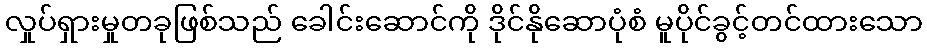
လှုပ်ရှားမှုတခုဖြစ်သည် ခေါင်းဆောင်ကို ဒိုင်နိုဆောပုံစံ မူပိုင်ခွင့်တင်ထားသော